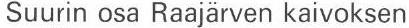
Suurin osa Raajärven kaivoksen